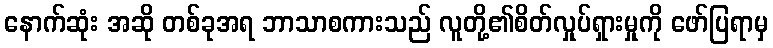
နောက်ဆုံး အဆို တစ်ခုအရ ဘာသာစကားသည် လူတို့၏စိတ်လှုပ်ရှားမှုကို ဖော်ပြရာမှ